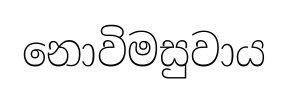
නොවිමසුවාය